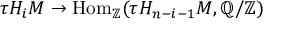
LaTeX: \tau H _ { i } M \to \mathrm { H o m } _ { \mathbb { Z } } ( \tau H _ { n - i - 1 } M , \mathbb { Q } / \mathbb { Z } )